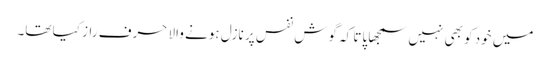
میں خود کو بھی نہیں سمجھا پاتا کہ گوشِ نفس پر نازل ہونے والا حرفِ راز کیا تھا۔